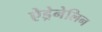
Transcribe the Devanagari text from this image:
ऐड्रेनेलिन